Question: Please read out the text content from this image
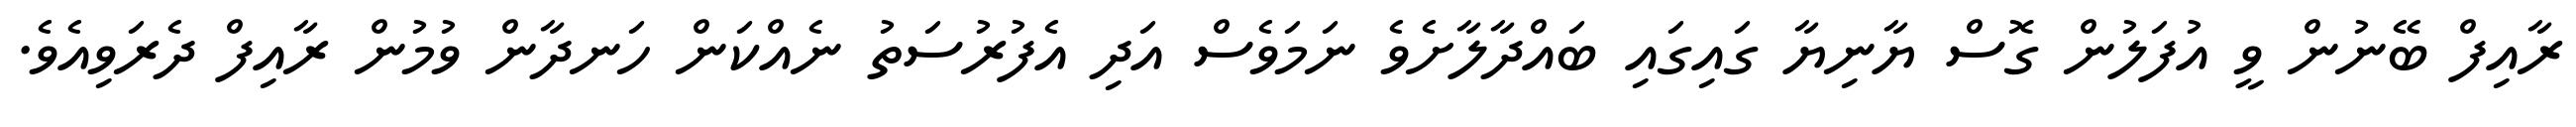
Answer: ރާއިފް ބޭނުން ވީ އުފަލުން ގޮސް ޔާނިޔާ ގައިގައި ބައްދާލާށެވެ ނަމަވެސް އަދި އެފުރުސަތު ނެއްކަން ހަނދާން ވުމުން ރާއިފް ދެރަވިއެވެ.